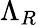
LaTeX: \Lambda_{R}